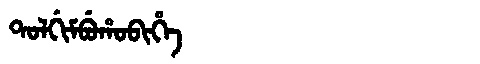
Manchu: ᡨᠣᠯᡤᡳᠮᠪᡠᡥᠣᠪᡳᡥᡝ
Romanization: TOLGIMBUHOBIHE